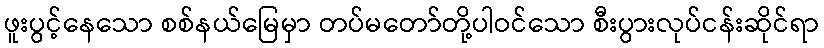
ဖူးပွင့်နေသော စစ်နယ်မြေမှာ တပ်မတော်တို့ပါဝင်သော စီးပွားလုပ်ငန်းဆိုင်ရာ